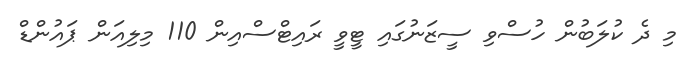
މި ދެ ކުލަބުން ހުސްވި ސީޒަނުގައި ޓީވީ ރައިޓްސްއިން 110 މިލިއަން ޕައުންޑް